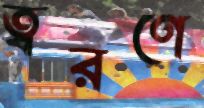
ত্বরণে